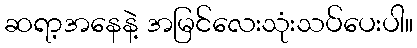
ဆရာ့အနေနဲ့ အမြင်လေးသုံးသပ်ပေးပါ။